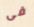
فى